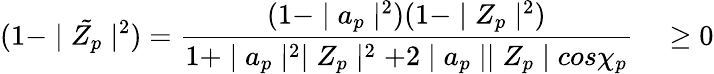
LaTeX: (1-\mid{\tilde{Z_{p}}}\mid^{2})=\frac{(1-\mid a_{p}\mid^{2})(1-\mid Z_{p}\mid^{2})}{1+\mid a_{p}\mid^{2}\mid Z_{p}\mid^{2}+2\mid a_{p}\mid\mid Z_{p}\mid cos\chi_{p}}\quad\geq 0